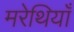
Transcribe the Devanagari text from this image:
मरेथियाँ